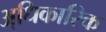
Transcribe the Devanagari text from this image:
अधि़कारिक